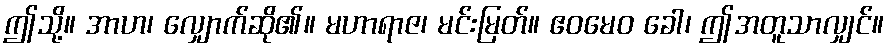
ဤသို့။ အာဟ၊ လျှောက်ဆို၏။ မဟာရာဇ၊ မင်းမြတ်။ ဧဝမေဝ ခေါ၊ ဤအတူသာလျှင်။